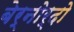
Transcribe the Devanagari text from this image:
बेर्नोर्दो